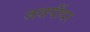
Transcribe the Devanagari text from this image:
जसपींदर